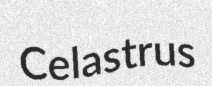
Celastrus